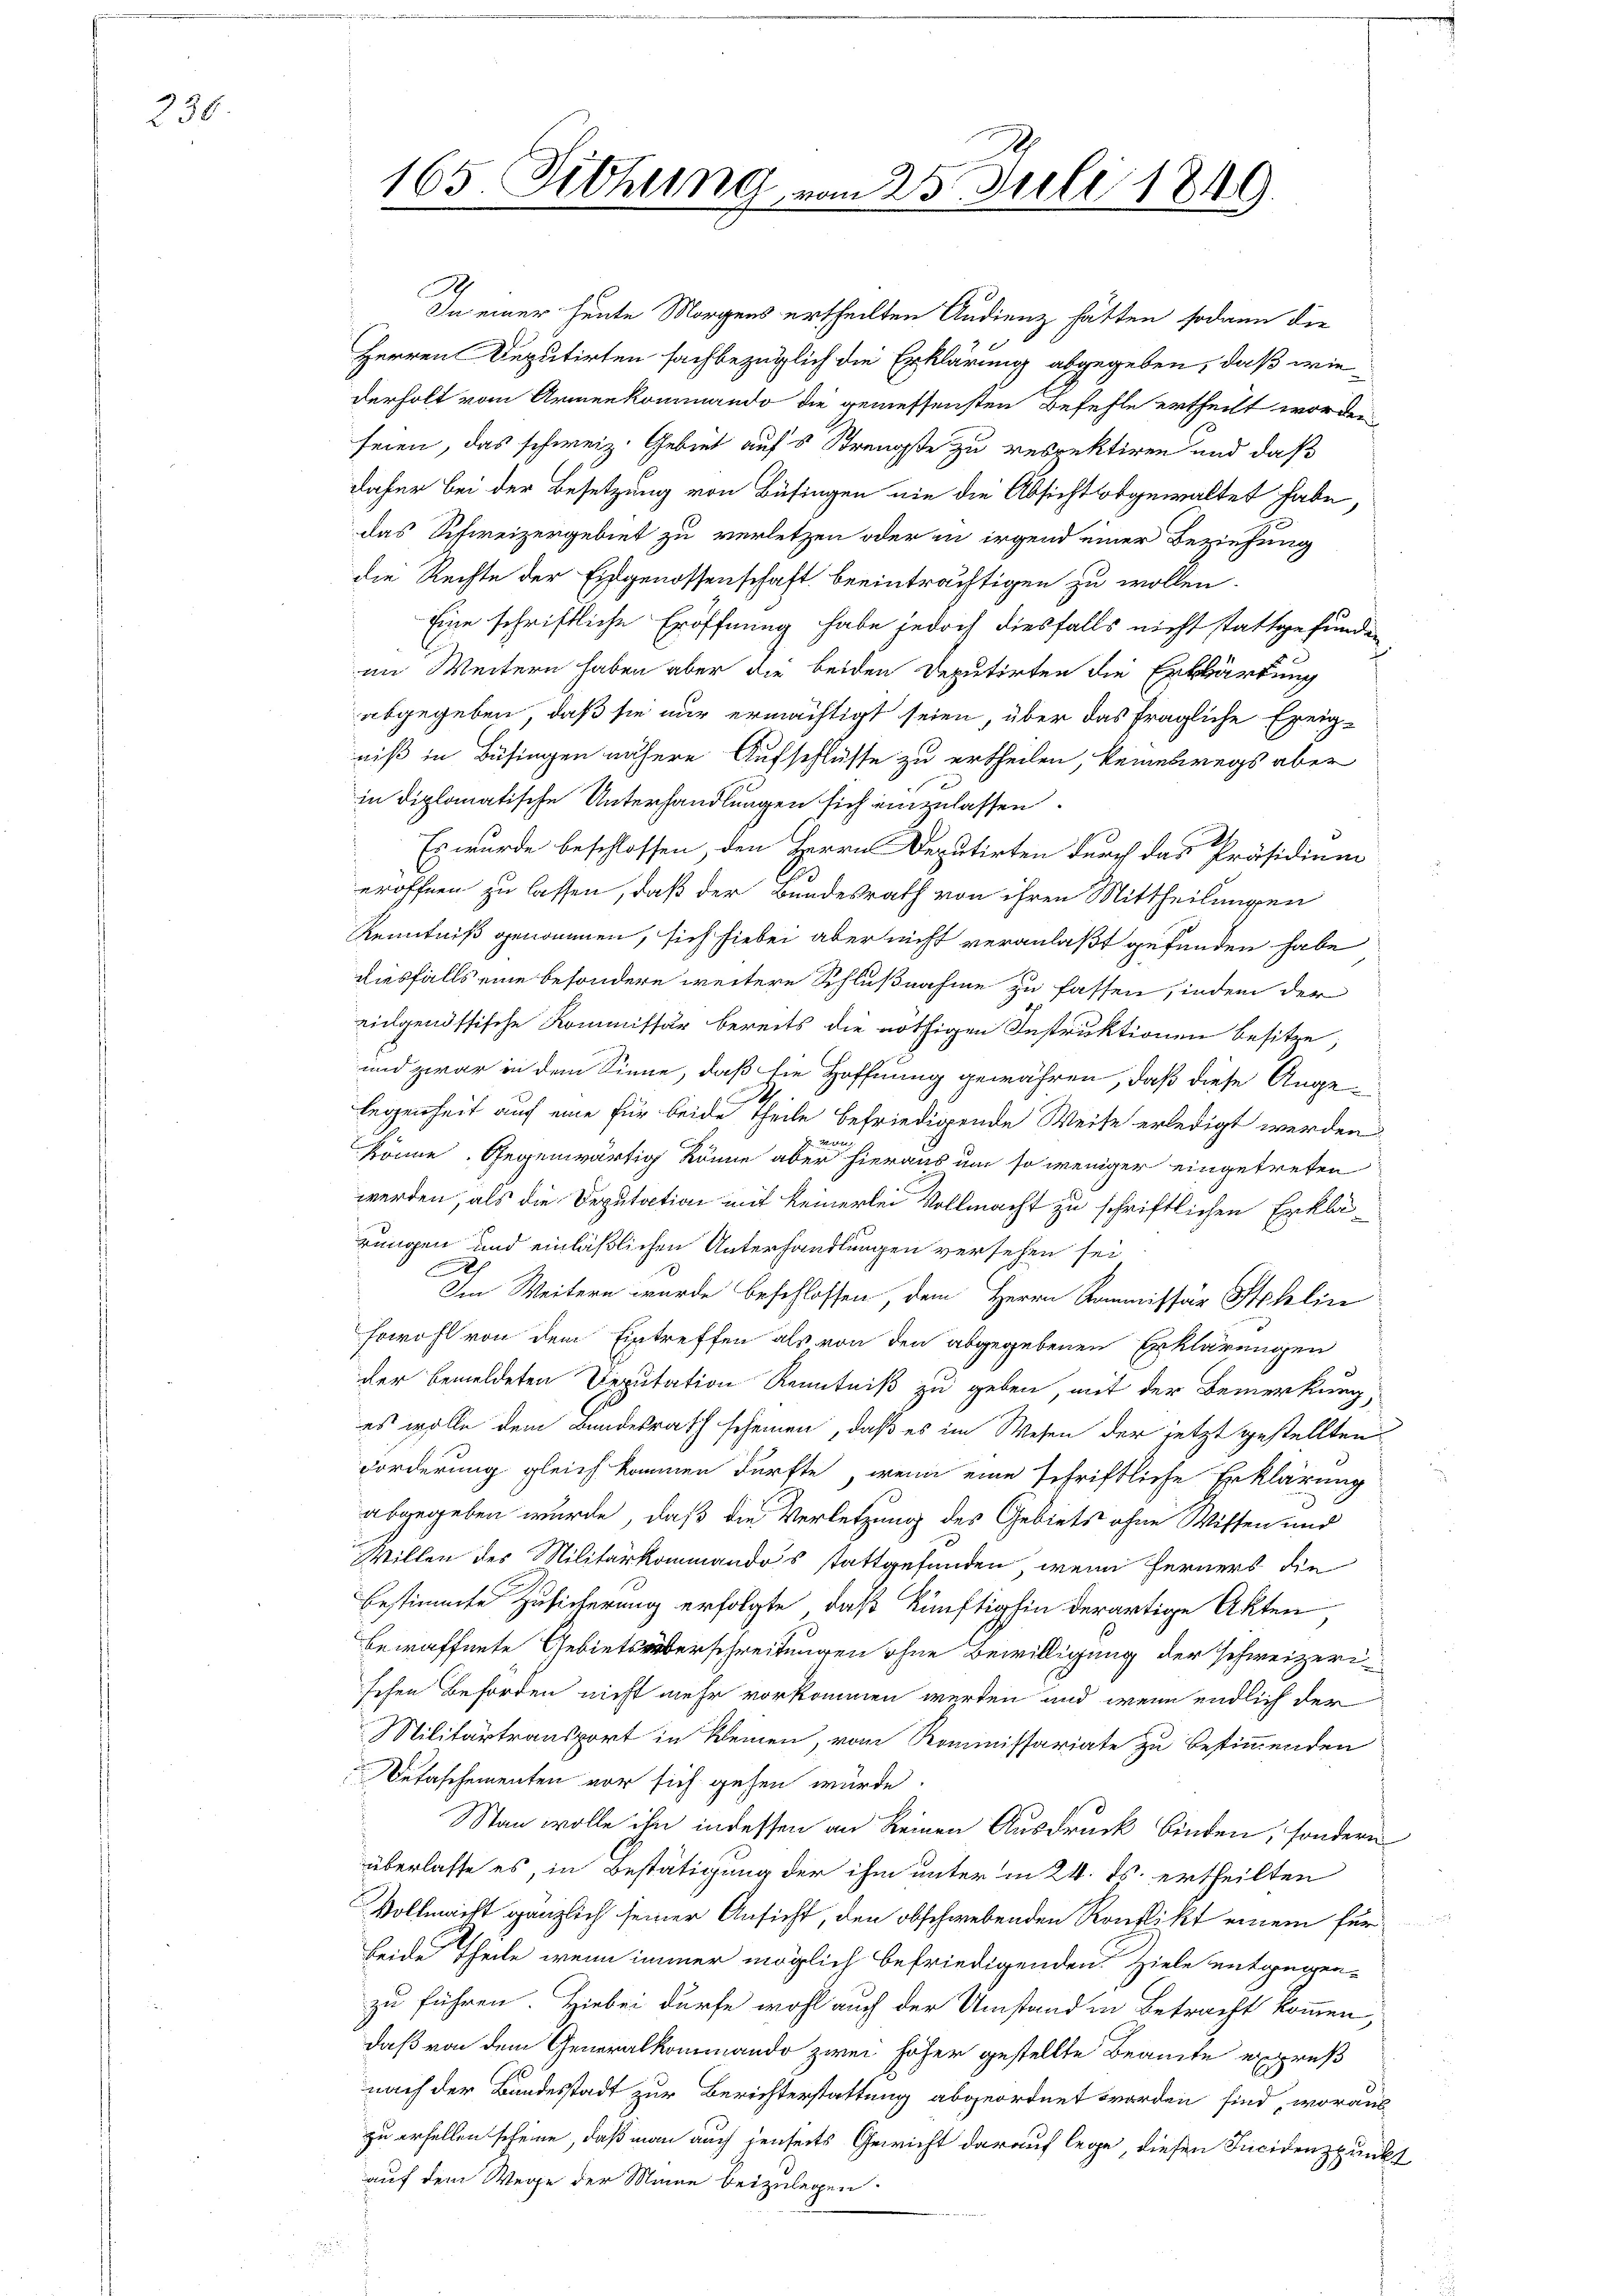
230

165. Diehung vom 25. Juli 1849

In einer heute Morgens ertheilten Audienz hätten sodann die
Herren Deputirten sachbezüglich die Erklärung abgegeben, daß wiederholt vom Armenkommando die gemessensten Befehle ertheilt worden
seien, das schweiz. Gebiet aufs Strengste zu respektiren und daß
daher bei der Besetzung von Büfingen nie die Absicht obgewaltet habe,
das Schweizergebiet zu verletzen oder in irgend einer Beziehung
die Rechte der Eidgenossenschaft beeinträchtigen zu wollen.
Eine schriftliche Eröffnung habe jedoch diesfalls nicht stattgefunden
an Weitern haben aber die beiden Deputirten die Erklärtung
abgegeben, daß sie nur ermächtigt seien, über das fragliche Ereigniß in Büsingen nähere Aufschlüsse zu ertheilen, keineswegs aber
in diplomatische Unterhandlungen sich einzulassen.
Es wurde beschlossen, den Herrn Deputirten durch das Präsidium
eröffnen zu lassen, daß der Bundesrath von ihren Mittheilungen
Kenntniß genommen, sich hiebei aber nicht veranlaßt gefunden habe
diesfalls eine besondere weitere Schlußnahme zu fassen, indem der
vielgenössische Kommissär bereits die nöthigen Instruktionen besitze,
und zwar in dem Sinne, daß die Hoffnung gewähren, daß diese Angelegenheit auf eine für beide Theile befriedigende Weise erledigt werden
Mon
könne. Gegenwärtig könne aber hieraus um so weniger eingetreten
werden, als die Deputation mit keinerlei Vollmacht zu schriftlichen Erklärungen und einläßlichen Unterhandlungen versehen sei
Im Weitern wurde beschlossen, dem Herrn Kommissär Stehlin
sowohl von dem Eintreffen als von den abgegebenen Erklärungen
der bemeldeten Deputation Kenntniß zu geben, mit der Bemerkung,
es wolle dem Bundesrath scheinen, daß es im Wesen der jetzt gestellten
Forderung gleich kommen dürfte, wenn eine schriftliche Erklärung
abgegeben wurde, daß die Verletzung des Gebiets ohne Wissen und
Willen des Militärkommandos stattgefunden, wenn ferners die
bestimmte Zusicherung erfolgte, daß künftighin derartige Akten,
bewaffnete Gebietsüberschreitungen ohne Bewilligung der schweizerisehen Behörden nicht mehr vorkommen werden und wenn endlich der
Militärtransport in keinen, vom Kommissariate zu bestimmenden
Detaschementen vor sich gehen würde.
Man wolle ihn indessen an keinen Ausdruck binden, sondern
überlasse es in Bestätigung der ihm unter in 24. ds. ertheilten
Vollmacht gänzlich seiner Ansicht, den obschwebenden Konflikt einem für
beide Theile wenn immer möglich befriedigenden Ziele entgegenzu führen. Hiebei dürfe wohl auch der Umstand in Betracht kommen,
daß von dem Generalkommando zwei höher gestellte Beamte expreß
nach der Bundesstadt zur Berichterstattung abgeordnet worden sind, woraus
zu erhellen scheine, daß man auch jenseits Gewicht darauf lege, diesen Incidenzpunk
auf dem Wege der Minne beizulegen

t